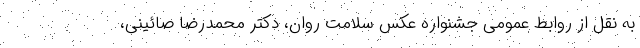
به نقل از روابط عمومی جشنواره عکس سلامت روان، دکتر محمدرضا صائینی،